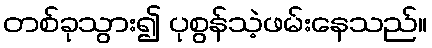
တစ်ခုသွား၍ ပုစွန်သဲ့ဖမ်းနေသည်။